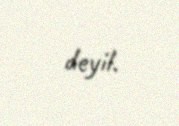
deyil.